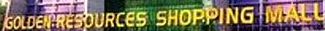
GOLDEN RESOURCES SHOPPING MALL